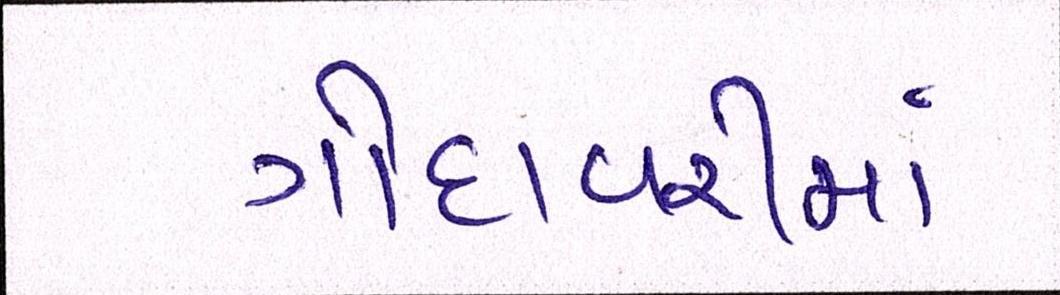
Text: ગોદાવરીમાં